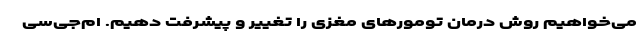
می‌خواهیم روش درمان تومورهای مغزی را تغییر و پیشرفت دهیم. ام‌جی‌سی